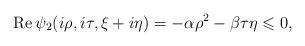
LaTeX: \begin{align*}\operatorname{Re}\psi_2(i\rho,i\tau,\xi+i\eta)=-\alpha\rho^2-\beta\tau\eta\leqslant 0,\end{align*}